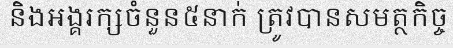
និងអង្គរក្សចំនួន៥នាក់ ត្រូវបានសមត្ថកិច្ច